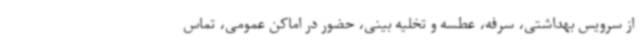
از سرویس بهداشتی، سرفه، عطسه و تخلیه بینی، حضور در اماکن عمومی، تماس